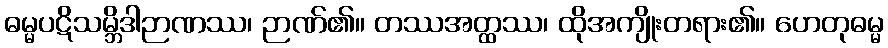
ဓမ္မပဋိသမ္ဘိဒါဉာဏဿ၊ ဉာဏ်၏။ တဿအတ္ထဿ၊ ထိုအကျိုးတရား၏။ ဟေတုဓမ္မ